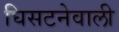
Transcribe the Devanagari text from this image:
घिसटनेवाली